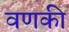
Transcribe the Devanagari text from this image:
वणकी